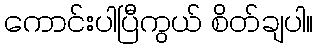
ကောင်းပါပြီကွယ် စိတ်ချပါ။